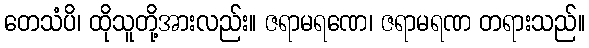
တေသံပိ၊ ထိုသူတို့အားလည်း။ ဇရာမရဏေ၊ ဇရာမရဏ တရားသည်။